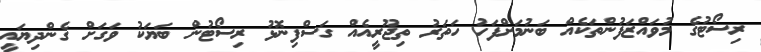
ރިސޯޓުގެ މުވައްޒަފުންތަކެއް ބަނުމަށްފަހު ހަތަރު ތިޖޫރީއެއް ގަސްފިނޮޅު ރިސޯޓުން ބަޔަކު ވަގަށް ގެންދިޔައީ